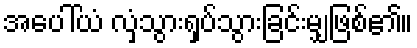
အပေါ်ယံ လှံသွားရှပ်သွားခြင်းမျှဖြစ်၏။